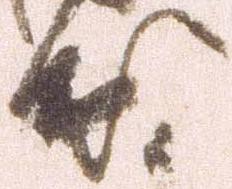
出